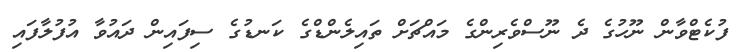
ފުކެޓްވާން ނޫހުގެ ދެ ނޫސްވެރިންގެ މައްޗަށް ތައިލެންޑްގެ ކަނޑުގެ ސިފައިން ދައުވާ އުފުލާފައި